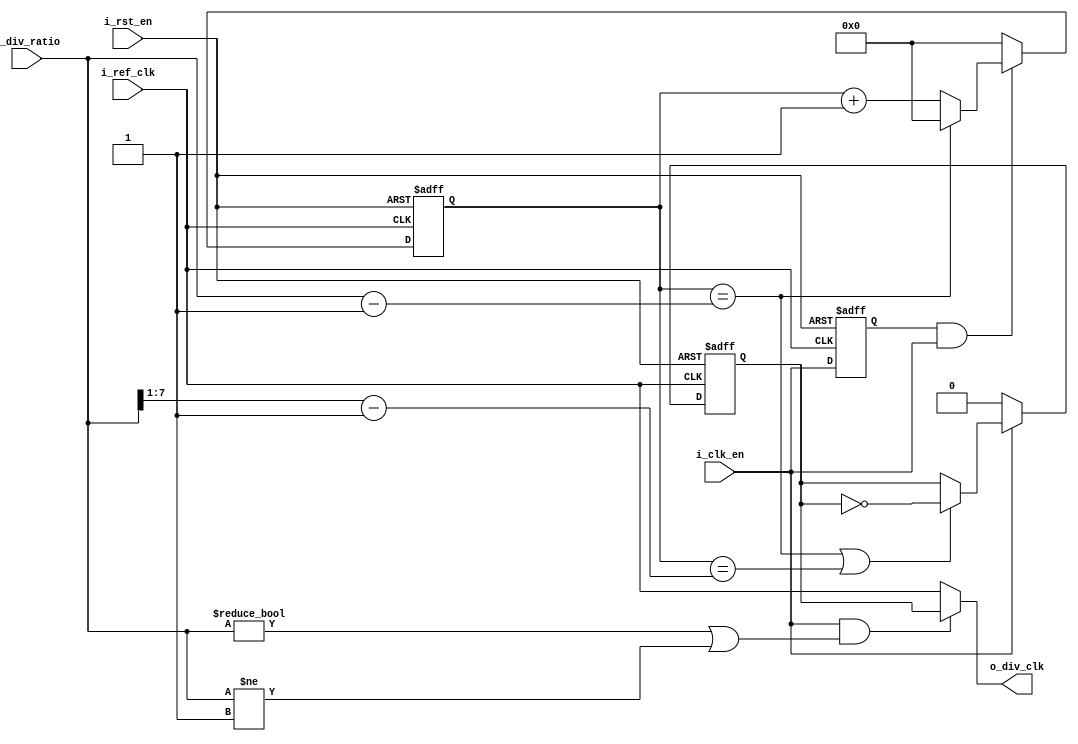
// TYPE: module
// DEPARTMENT: communication and electronics department
// AUTHOR EMAIL: mina.hannaone@gmail.com
//------------------------------------------------
// Release history
// VERSION DATE AUTHOR DESCRIPTION
// 1.0 2/8/2022 Mina Hanna final version
//------------------------------------------------
// KEYWORDS: clock dividor, multiclock
//------------------------------------------------
// PURPOSE: \clock dividor to divide frequency into a slower one\
module ClkDiv #(parameter WIDTH =8) (
  input    wire    [WIDTH-1:0]    i_div_ratio,
  input    wire                   i_ref_clk,
  input    wire                   i_rst_en,
  input    wire                   i_clk_en,
  output   wire                   o_div_clk);
  reg                   div_clk;
  reg                   i_clk_en_c; 
  reg    [WIDTH-1:0]    count;
  reg    [WIDTH-1:0]    count_comb;
  wire                  count_finish;
  wire                  count_half;
  //////////////counter logic/////////////////////
  always@(posedge i_ref_clk or negedge i_rst_en)
  begin
    if(!i_rst_en)
      begin
        count <= 'b0;
        i_clk_en_c <= 1'b0;
      end
    else
      begin
        count <= count_comb;
        i_clk_en_c <= i_clk_en;
      end
  end
  always@(*)
  begin
    if(i_clk_en_c & i_clk_en)
      begin
       if(count_finish)
        begin
          count_comb = 'b0;
        end
       else 
         begin
           count_comb = count + 1'b1;
         end
      end
    else
      begin
        count_comb = 'b0;
      end
  end
  assign count_finish = (count == (i_div_ratio-1'b1));
  assign count_half   = (count == ((i_div_ratio>>1) -1'b1));
  ////////////////clock dividor logic//////////////////
  always@(posedge i_ref_clk or negedge i_rst_en)
  begin
    if(!i_rst_en)
      begin
        div_clk <= 1'b0;
      end
    else if(i_clk_en)
      begin
        if(count_finish | count_half)
          begin
            div_clk <= ~div_clk;
          end
      end
    else
      begin
        div_clk <= 1'b0;
      end
  end
  
  assign o_div_clk = (i_clk_en && (i_div_ratio != 'd0 | i_div_ratio != 'd1))? div_clk:i_ref_clk;
endmodule